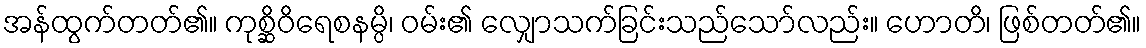
အန်ထွက်တတ်၏။ ကုစ္ဆိဝိရေစနမ္ပိ၊ ဝမ်း၏ လျှောသက်ခြင်းသည်သော်လည်း။ ဟောတိ၊ ဖြစ်တတ်၏။